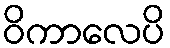
ဝိကာလေပိ